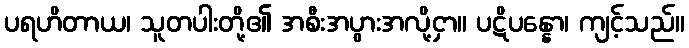
ပရဟိတာယ၊ သူတပါးတို့၏ အစီးအပွားအလို့ငှာ။ ပဋိပန္နော၊ ကျင့်သည်။